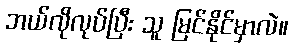
ဘယ်လိုလုပ်ပြီး သူ မြင်နိုင်မှာလဲ။